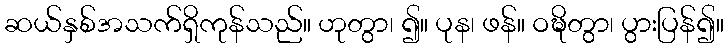
ဆယ်နှစ်အသက်ရှိကုန်သည်။ ဟုတွာ၊ ၍။ ပုန၊ ဖန်။ ဝဍ္ဎိတွာ၊ ပွားပြန်၍။